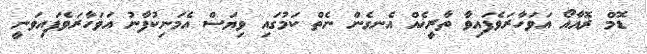
ޑޮމް ޜޮއާއޯ އަވަހާރަވެފައިވާ ތާރީޚެއް އެނގެން ނެތް ކަމުގައި ވިޔަސް އެމަނިކުފާނު އަވަހާރަވެފައިވަނީ